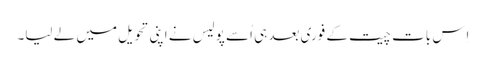
اِس بات چیت کے فوری بعد ہی اُسے پولیس نے اپنی تحویل میں لے لیا۔